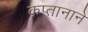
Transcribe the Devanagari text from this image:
कप्‍तानाने